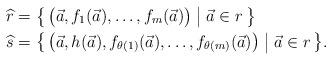
LaTeX: \begin{align*}\widehat r &= \bigl\{\, \bigl(\vec a,f_1(\vec a),\dotsc,f_m(\vec a)\bigr) \bigm| \vec a \in r \,\bigr\} \quad \\ \widehat s &= \bigl\{\, \bigl(\vec a,h(\vec a),f_{\theta(1)}(\vec a),\dotsc,f_{\theta(m)}(\vec a)\bigr) \bigm| \vec a \in r \,\bigr\}.\end{align*}